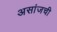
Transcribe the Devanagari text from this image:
असांजची